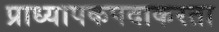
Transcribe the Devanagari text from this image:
प्राध्यापकपदाकरता